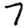
Digit: 7